65_HS1-834228961_62-HQ-83894_Section_7
Agency: FBI
Page 121
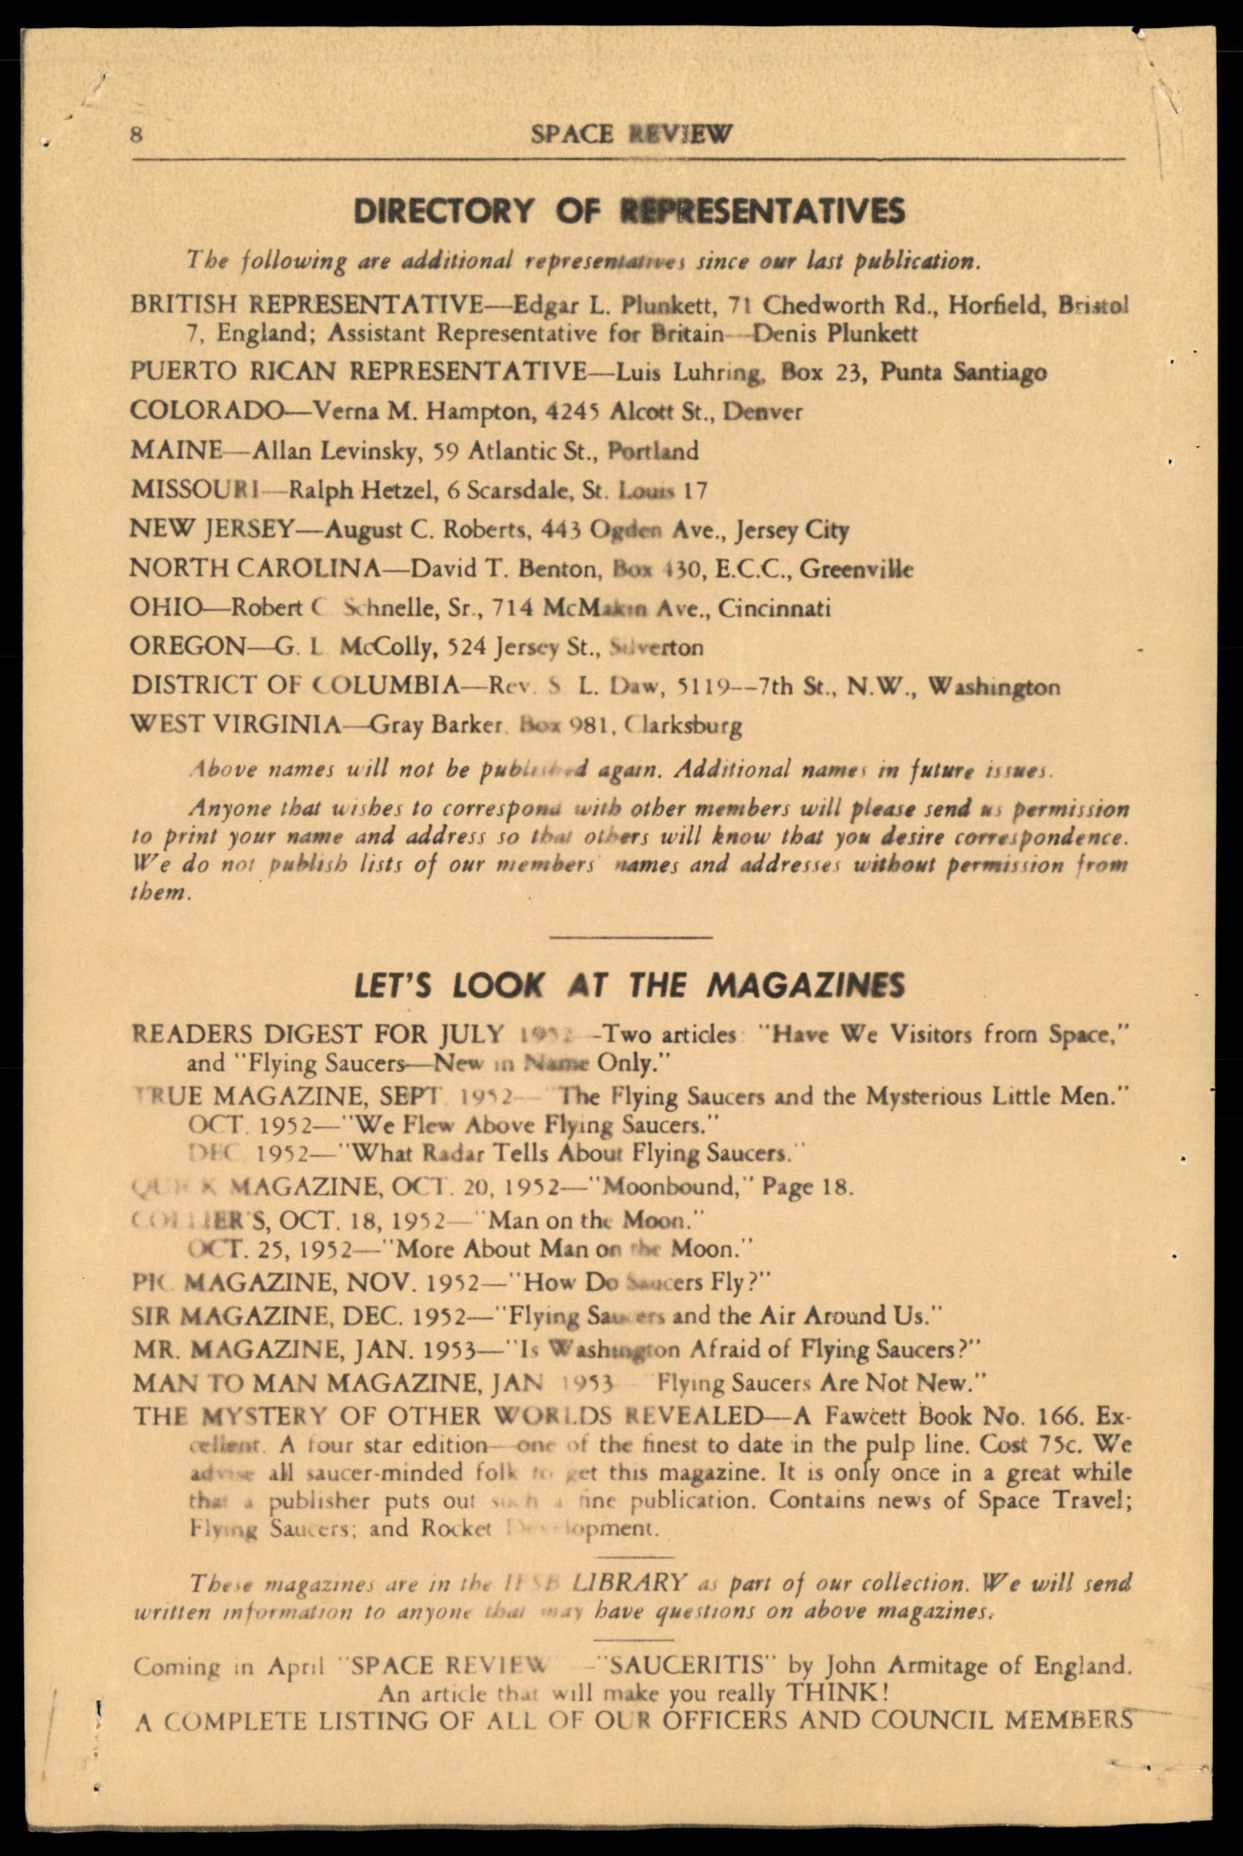